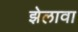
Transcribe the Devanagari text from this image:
झेलावा